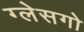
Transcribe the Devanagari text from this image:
ग्लेसगो